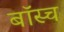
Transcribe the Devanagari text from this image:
बॉस्च